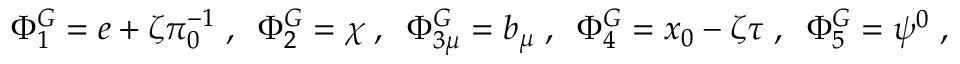
\Phi _ { 1 } ^ { G } = e + \zeta \pi _ { 0 } ^ { - 1 } \; , \; \; \Phi _ { 2 } ^ { G } = \chi \; , \; \; \Phi _ { 3 \mu } ^ { G } = b _ { \mu } \; , \; \; \Phi _ { 4 } ^ { G } = x _ { 0 } - \zeta \tau \; , \; \; \Phi _ { 5 } ^ { G } = \psi ^ { 0 } \; , \; \;